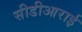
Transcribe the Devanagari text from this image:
सीडीआराई